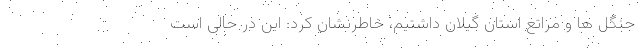
جنگل ها و مراتع استان گیلان داشتیم، خاطرنشان کرد: این در حالی است